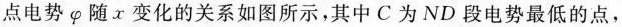
点电势\varphi 随x变化的关系如图所示，其中C为ND段电势最低的点，